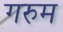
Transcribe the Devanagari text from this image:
गरुम